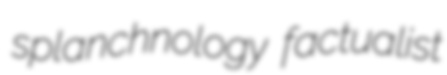
splanchnology factualist